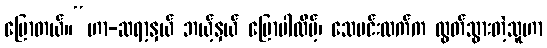
ပြောတယ်။“ဟာ-ဆရာ့နှယ် ဘယ့်နှယ် ပြောပါလိမ့်၊ သေမင်းလက်က လွတ်သွားတဲ့သူဟာ